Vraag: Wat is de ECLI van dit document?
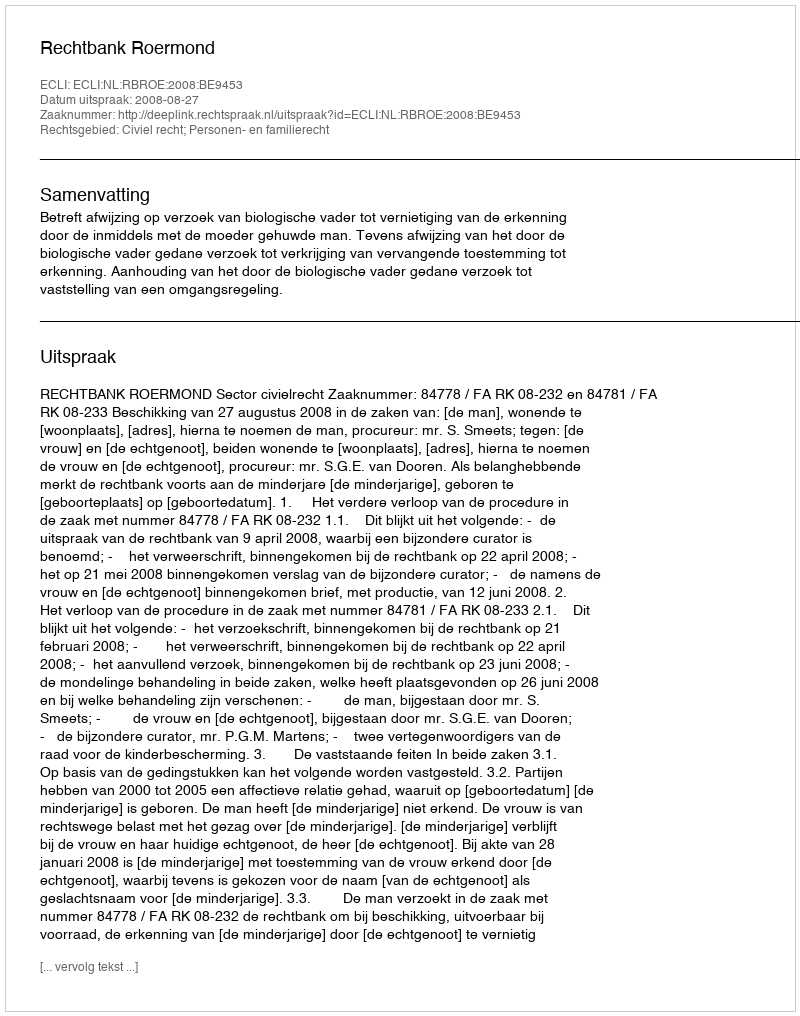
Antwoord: ECLI:NL:RBROE:2008:BE9453